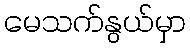
မေသက်နွယ်မှာ